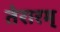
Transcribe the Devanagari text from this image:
तेरारम्‌